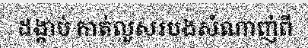
ដង្កាប់ កាត់លួសរបងសំណាញ់ពី